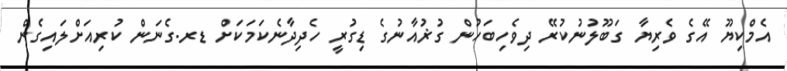
އެމްކިޔޫ އޭގެ ވެރިޔާ ގަބޫލުނުކުރޭ ދިވެހިބަހުން ގުޜުއާނުގެ ޑިގުރީ ހެދިދާނެކަމަކަށް ޑރ.ގެނަން ކުރިއަށްލައިގެން